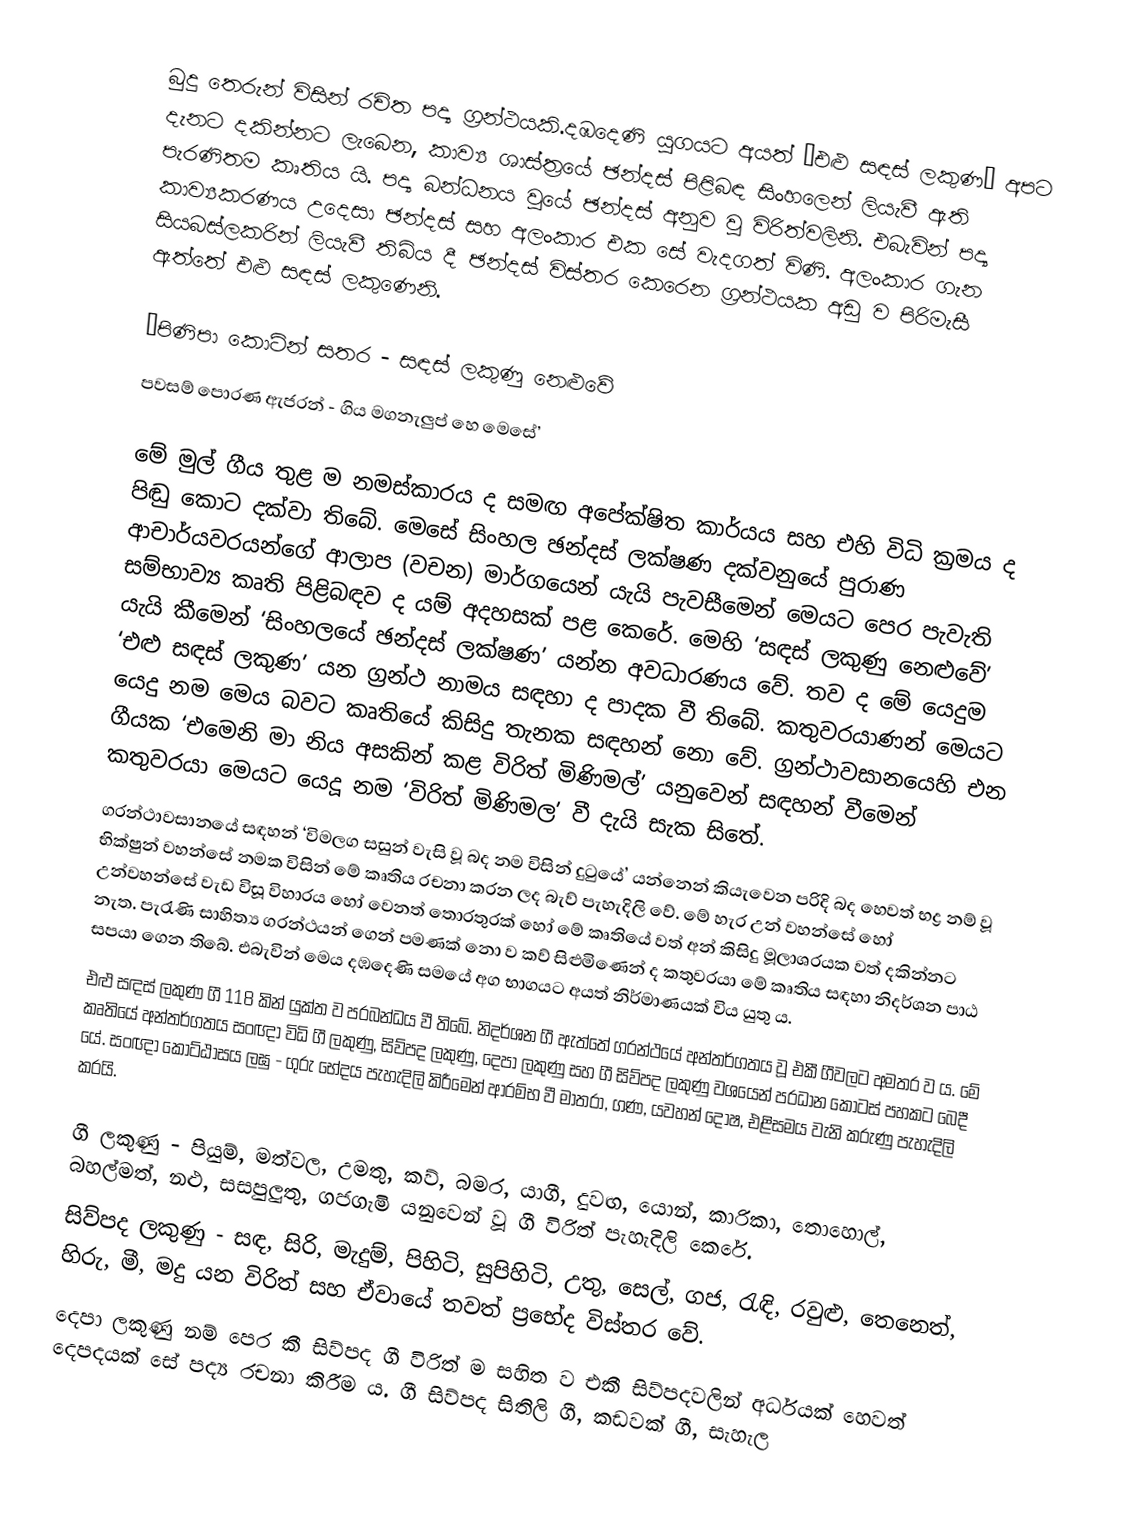
බුදු තෙරුන් විසින් රචිත පද්‍ය ග්‍රන්ථයකි.දඹදෙණි යුගයට අයත් ‘එළු සඳස් ලකුණ’ අපට දැනට දකින්නට ලැබෙන, කාව්‍ය ශාස්ත‍්‍රයේ ඡන්දස් පිළිබඳ සිංහලෙන් ලියැවී ඇති පැරණිතම කෘතිය යි. පද්‍ය බන්ධනය වූයේ ඡන්දස් අනුව වූ විරිත්වලිනි. එබැවින් පද්‍ය කාව්‍යකරණය උදෙසා ඡන්දස් සහ අලංකාර එක සේ වැදගත් විණි. අලංකාර ගැන සියබස්ලකරින් ලියැවී තිබිය දී ඡන්දස් විස්තර කෙරෙන ග‍්‍රන්ථයක අඩු ව පිරිමැසී ඇත්තේ එළු සඳස් ලකුණෙනි.

 ‘පිණිපා කොටින් සතර              -          සඳස් ලකුණු නෙළුවේ
  පවසම් පොරණ ඇජරන්            -          ගිය මගනැලුප් හෙ මෙසේ’

         මේ මුල් ගීය තුළ ම නමස්කාරය ද සමඟ අපේක්ෂිත කාර්යය සහ එහි විධි ක‍්‍රමය ද පිඬු කොට දක්වා තිබේ. මෙසේ සිංහල ඡන්දස් ලක්ෂණ දක්වනුයේ පුරාණ ආචාර්යවරයන්ගේ ආලාප (වචන) මාර්ගයෙන් යැයි පැවසීමෙන් මෙයට පෙර පැවැති සම්භාව්‍ය කෘති පිළිබඳව ද යම් අදහසක් පළ කෙරේ. මෙහි ‘සඳස් ලකුණු නෙළුවේ’ යැයි කීමෙන් ‘සිංහලයේ ඡන්දස් ලක්ෂණ’ යන්න අවධාරණය වේ. තව ද මේ යෙදුම ‘එළු සඳස් ලකුණ’ යන ග‍්‍රන්ථ නාමය සඳහා ද පාදක වී තිබේ. කතුවරයාණන් මෙයට යෙදු නම මෙය බවට කෘතියේ කිසිදු තැනක සඳහන් නො වේ. ග‍්‍රන්ථාවසානයෙහි එන ගීයක ‘එමෙනි මා නිය අසකින් කළ විරිත් මිණිමල්’ යනුවෙන් සඳහන් වීමෙන් කතුවරයා මෙයට යෙදූ නම ‘විරිත් මිණිමල’ වී දැයි සැක සිතේ.
           ග‍්‍රන්ථාවසානයේ සඳහන් ‘විමලග සසුන් වැසි වූ බද නම විසින් දුටුයේ’ යන්නෙන් කියැවෙන පරිදි බද හෙවත් භද්‍ර නම් වූ භික්ෂුන් වහන්සේ නමක විසින් මේ කෘතිය රචනා කරන ලද බැව් පැහැදිලි වේ. මේ හැර උන් වහන්සේ හෝ උන්වහන්සේ වැඩ විසූ විහාරය හෝ වෙනත් තොරතුරක් හෝ මේ කෘතියේ වත් අන් කිසිදු මූලාශ‍්‍රයක වත් දකින්නට නැත. පැරැණි සාහිත්‍ය ග‍්‍රන්ථයන් ගෙන් පමණක් නො ව කව් සිළුමිණෙන් ද කතුවරයා මේ කෘතිය සඳහා නිදර්ශන පාඨ සපයා ගෙන තිබේ. එබැවින් මෙය දඹදෙණි සමයේ අග භාගයට අයත් නිර්මාණයක් විය යුතු ය.
           එළු සඳස් ලකුණ ගී 118 කින් යුක්ත ව ප‍්‍රබන්ධය වී තිබේ. නිදර්ශන ගී ඇත්තේ ග‍්‍රන්ථයේ අන්තර්ගතය වූ එකී ගීවලට අමතර ව ය. මේ කෘතියේ අන්තර්ගතය සංඥා විධි ගී ලකුණු, සිව්පද ලකුණු, දෙපා ලකුණු සහ ගී සිව්පද ලකුණු වශයෙන් ප‍්‍රධාන කොටස් පහකට බෙදී යේ. සංඥා කොට්ඨාසය ලඝු - ගුරු භේදය පැහැදිලි කිරීමෙන් ආරම්භ වී මාත‍්‍රා, ගණ, යවහන් දෝෂ, එළිසමය වැනි කරුණු පැහැදිලි කරයි.

ගී ලකුණු  - පියුම්, මත්වල, උමතු, කව්, බමර, යාගී, දුවඟ, යොන්, කාරිකා, තොහොල්, බහල්මත්, නළු, සසපුලුතු, ගජගැමි යනුවෙන් වූ ගී විරිත් පැහැදිලි කෙරේ.
සිව්පද ලකුණු - සඳ, සිරි, මැදුම්, පිහිටි, සුපිහිටි, උතු, සෙල්, ගජ, රැඳි, රවුළු, තෙනෙත්, හිරු, මී, මදු යන විරිත් සහ ඒවායේ තවත් ප‍්‍රභේද විස්තර වේ.
 දෙපා ලකුණු නම් පෙර කී සිව්පද ගී විරිත් ම සහිත ව එකී සිව්පදවලින් අර්ධයක් හෙවත් දෙපදයක් සේ පද්‍ය රචනා කිරීම ය. ගී සිව්පද සිතිලි ගී, කඩවක් ගී, සැහැල